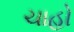
ચાહો